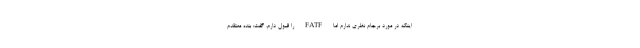
اینکه در مورد برجام نظری ندارم اما FATF را قبول دارم، گفت: بنده معتقدم